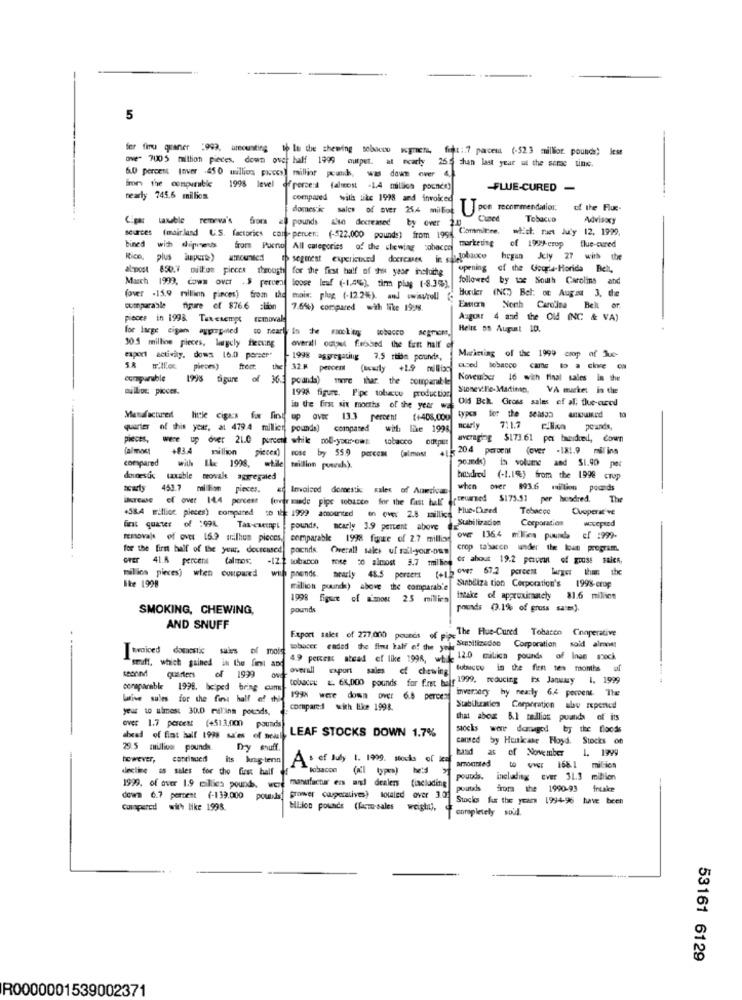
5
fer firu quaner :999, amounting
th In the chewing solocoo wgrens, fit :. 7 percent (-52.3 million pounds) less
ove" 7005 million pieces. down over half 1999 output. at ecarly 26.5 chan last year at the same ting.
6.0 percent Inver .45 0 million pieces) milliar peands, was down ower
in the compuruble 1998 level ofperce:d (almost -1.4 million pocnes)
-FLUE-CURED -
nearly 745.6 million
compared with like 1998 and invoiced
domestic sales of over 25.4 million pon recommendation.
of the Fluc-
taxable remeva's
fors
pounds also decreased by over 2.001
Cued
Tobacco
Advisory
sources
Commitee, which. net July 12, 1999.
(mairland U.S. factories con- peruen; (-$22.000 pounds) from 1994.
marketing
bined with dipmeus
from Puerto All categories of the chewing pobacco
of 1999-crop flue-cured
Rice,
plus upe)
th segment experienced decreases in gla jobauce
hegan July 27 with the
al-post 850.7 million pieces through
for the first half of this year incluihg
opening of the Goura-Herida Belt,
followed by toe South Carolina and
Much 1990, cows over . $ percent loose leaf (-1.2%), tim plug (-8.3%).
(over -15.9 million pieces) from
mais: plug. (-12.2%). and wwisuroll
Hurder (NC) Bel: on August 3, the
cotoparable
figure of 876.6 =lion
7.6%) compared with like 1998.
Eastern North Carolina Bek or.
pieces in 1998. Taxexempt
removal
August 4 and the Old (NC & VA)
for large cigan expripoled
Heine on August 10.
10.5 million pieces, largely fiecing
overall outaut f.ebbed the first half of
export activity. dows 16.0 porser"
1998 aggregating 7.5 riibm pounds,
Marketing of the 1999 crop of Jue-
pieces)
from the 32.8 percent (wally +2.9 million
cced tobacco calls to a cince co
comparable
1998 figure of 36.3
poanda) more thur. the comparable
November 16 with final sales in the
mulboc pices.
SioneviTie-Madimn, VA market in the
1998 figure. Pipe tobacco production
Old Bck. Gross sales ef al; flue-ared
in the first six months of the year w
Manufactured
little cigars for find op over 13.3 percent (+408.000
types for the seassa awired
quarter of this year, at 479.4 million pounds)
compared
with like 1998
Bcarly
711.7
pieces,
were up dver 21.0 percent
while moll-your-own tobacco outper
averaging $173.61 per bawidred, cown
(almost
+83.4
million
pieces)
-20.4 percent (over - 1X1,9 mil ing
compared
with
ILc 1998.
rose by 55.9 perccm (almost
million pounds).
pounds) in volume and $1.90 per
donnestic taxable teovale aggregated
busdred (-1.1%) from the 1998 crop
453.7 million pieces.
Involved domestic sales of Aorticas
when over 893.6 million pounds
Browse of over 14.4 percent (ever made pipe tobacco for the fast bull cteurned $173.51 per headred.
The
+58.4 Billion pieces) compared to 1 1999 amounted en over 2.8 millies Pue-Cured
Tobacco
Cooperative
Corporation
fint quater of :99k
nearly 3.9 percent above
wowepted
removals of over 16.9 srlhun pieces,
comparable 1998 funke of 2.7 million
over 136.4 million pounds ef :999-
for the first half of the year. doureused
pochds.
Overall sales of rail-your-own
crop tabaccounder the k program.
over 41.8 percent
Calmos.
-12.2 tobacco
mise 50 almost 3.7 million
or about 19.2 percent of gross sales,
million pieces) when compared
with prends, aearly 48.5 percent (+ib over 67.2 percent larger than the
Ike 1998
million pounds) above the comparable
Subiliza tion Corporation's 1998-crop
1998 Figure of amou 25 millien
intake of approximately 81.6 million
SMOKING, CHEWING,
pounds
pounds (3.1% of gruss sates).
AND SNUFF
Export sales of 277,000 pounds of pipe The Hue-Cured Tobacon Conperative
twoiced domestic sales of mois
tobacer ended the fint half of the
Stabilizedon Corporation sold almost
4.9 percent atead ef like 1998, wh - 12:0 malica pounds of Inae snock
second
stuff, which gained in the fint abd
queriers
overall
Export sales of chewingtubucco in the firm ten months af
1999
tobacer &. 6K,000 pounds for f.rst bulr 1999, reducing irs January 1. 1999
coraparable 1998. bciped bring
invernocy hy nearly 6.4 percent. The
Lafive sules for the first half of chi
1998 were down over 6.5 percent
yeur to almes: 30.0 milina pouads,
compared with like 1998.
Stabilization Corporation abu repentcd
that abez 5.1 cailliot puands of its
over 1.7 percent (+513,000
pounds
stocks were damaged by the floods
LEAF STOCKS DOWN 1.7%
cansed by Henkeane Hoyd. Stocks on
29.5 million pounds.
Dy enuff.
band
as of November 1. 1999
however, continued its krig-tern
As of July 1. 1999. stocks of kedd
decline as sales for the first half
lobacon (all types) he:d >
amounted
manufacturers and dealers (including
pounds. including ever 31.3 million
1999, of over 1.9 milies pounds.
poutis
from the 1990-93 fruakce
dowm 6.7 percent (-139.000
posada grower casperatives) totaled over 3.0
Stocks fut the year 1994-96 have been
Culopercd with like 1998.
WLion pounds (facto-sales weigh),
completely soid.
53161 6129
R0000001539002371